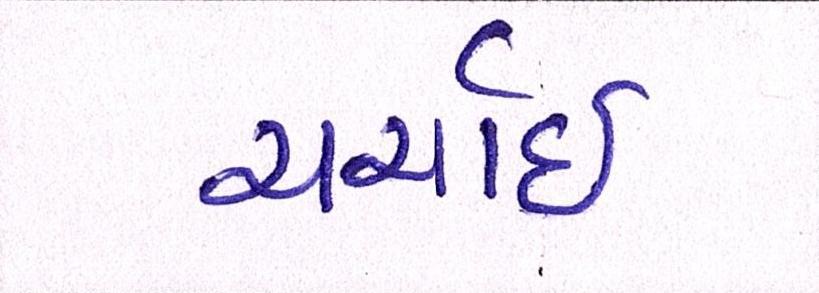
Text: ચર્ચાઈ